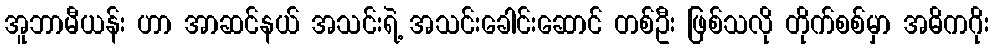
အူဘာမီယန်း ဟာ အာဆင်နယ် အသင်းရဲ့ အသင်းခေါင်းဆောင် တစ်ဦး ဖြစ်သလို တိုက်စစ်မှာ အဓိကဂိုး